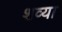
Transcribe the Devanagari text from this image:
शव्या